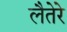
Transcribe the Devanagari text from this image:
लैतेरे